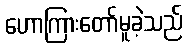
ဟောကြားတော်မူခဲ့သည်